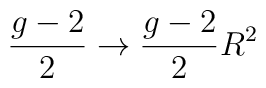
{g-2\over 2}\to{g-2\over 2}R^2